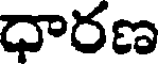
ధారణ